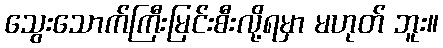
သွေးသောက်ကြီးမြင်းစီးလို့ရမှာ မဟုတ် ဘူး။